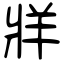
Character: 牂